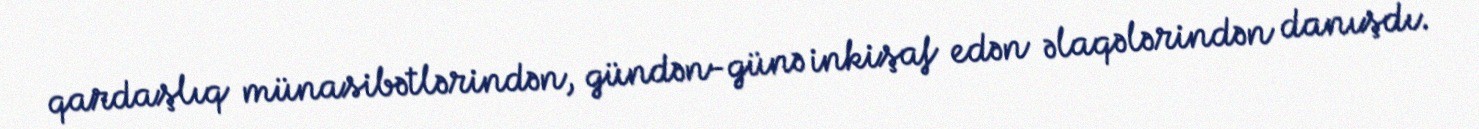
qardaşlıq münasibətlərindən, gündən-günə inkişaf edən əlaqələrindən danışdı.